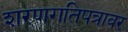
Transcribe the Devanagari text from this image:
शरणगतिपत्रावर